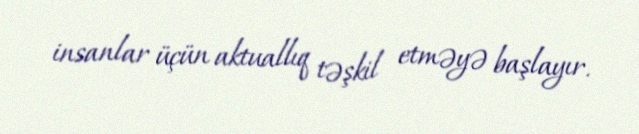
insanlar üçün aktuallıq təşkil etməyə başlayır.